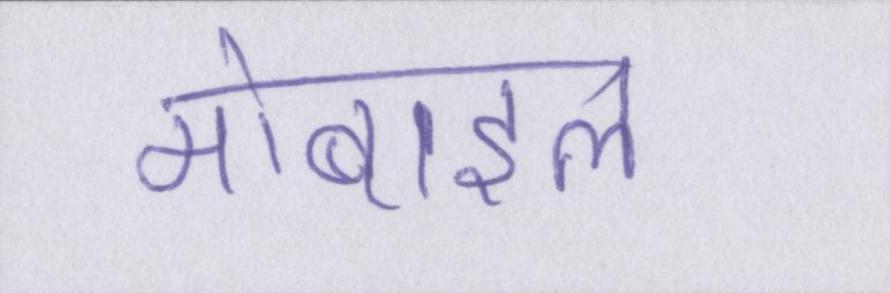
मोबाइल